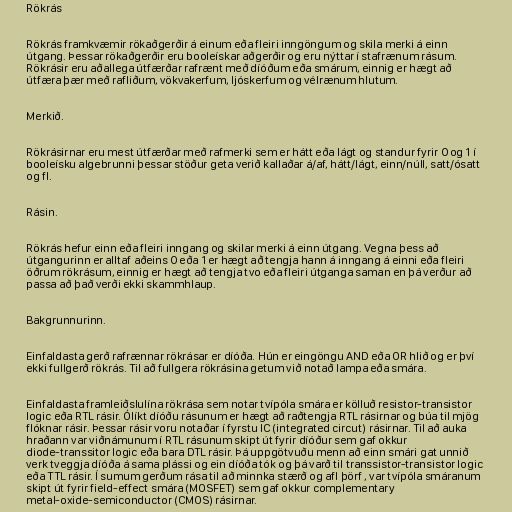
Rökrás

Rökrás framkvæmir rökaðgerðir á einum eða fleiri inngöngum og skila merki á einn
útgang. Þessar rökaðgerðir eru booleískar aðgerðir og eru nýttar í stafrænum rásum.
Rökrásir eru aðallega útfærðar rafrænt með díóðum eða smárum, einnig er hægt að
útfæra þær með rafliðum, vökvakerfum, ljóskerfum og vélrænum hlutum.

Merkið.

Rökrásirnar eru mest útfærðar með rafmerki sem er hátt eða lágt og standur fyrir 0 og 1 í
booleísku algebrunni þessar stöður geta verið kallaðar á/af, hátt/lágt, einn/núll, satt/ósatt
og fl.

Rásin.

Rökrás hefur einn eða fleiri inngang og skilar merki á einn útgang. Vegna þess að
útgangurinn er alltaf aðeins 0 eða 1 er hægt að tengja hann á inngang á einni eða fleiri
öðrum rökrásum, einnig er hægt að tengja tvo eða fleiri útganga saman en þá verður að
passa að það verði ekki skammhlaup.

Bakgrunnurinn.

Einfaldasta gerð rafrænnar rökrásar er díóða. Hún er eingöngu AND eða OR hlið og er því
ekki fullgerð rökrás. Til að fullgera rökrásina getum við notað lampa eða smára.

Einfaldasta framleiðslulína rökrása sem notar tvípóla smára er kölluð resistor-transistor
logic eða RTL rásir. Ólíkt díóðu rásunum er hægt að raðtengja RTL rásirnar og búa til mjög
flóknar rásir. Þessar rásir voru notaðar í fyrstu IC (integrated circut) rásirnar. Til að auka
hraðann var viðnámunum í RTL rásunum skipt út fyrir díóður sem gaf okkur
diode-transsitor logic eða bara DTL rásir. Þá uppgötvuðu menn að einn smári gat unnið
verk tveggja díóða á sama plássi og ein díóða tók og þá varð til transsistor-transistor logic
eða TTL rásir. Í sumum gerðum rása til að minnka stærð og afl þörf , var tvípóla smáranum
skipt út fyrir field-effect smára (MOSFET) sem gaf okkur complementary
metal-oxide-semiconductor (CMOS) rásirnar.